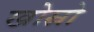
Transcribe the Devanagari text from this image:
खोस्रो